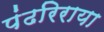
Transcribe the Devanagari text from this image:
पंढरिराया